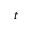
t